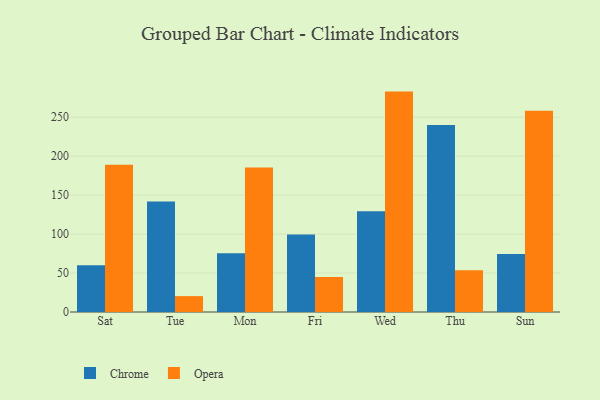
{"axis": {"x": "Day", "y": "Revenue (USD Million)"}, "legend": ["Chrome", "Opera"], "data": [{"x": "Sat", "y": 60.0, "type": "Chrome"}, {"x": "Sat", "y": 189.1, "type": "Opera"}, {"x": "Tue", "y": 141.9, "type": "Chrome"}, {"x": "Tue", "y": 20.4, "type": "Opera"}, {"x": "Mon", "y": 75.5, "type": "Chrome"}, {"x": "Mon", "y": 185.6, "type": "Opera"}, {"x": "Fri", "y": 99.6, "type": "Chrome"}, {"x": "Fri", "y": 44.9, "type": "Opera"}, {"x": "Wed", "y": 129.4, "type": "Chrome"}, {"x": "Wed", "y": 282.9, "type": "Opera"}, {"x": "Thu", "y": 239.9, "type": "Chrome"}, {"x": "Thu", "y": 53.7, "type": "Opera"}, {"x": "Sun", "y": 74.3, "type": "Chrome"}, {"x": "Sun", "y": 258.2, "type": "Opera"}]}